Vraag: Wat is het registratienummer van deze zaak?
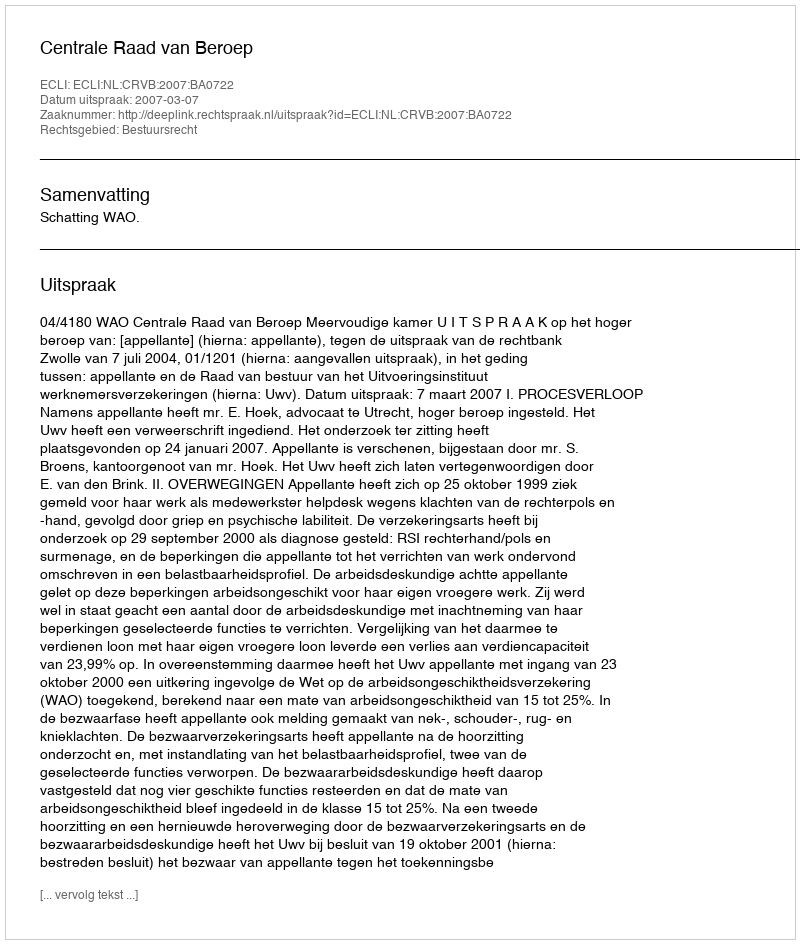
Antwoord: http://deeplink.rechtspraak.nl/uitspraak?id=ECLI:NL:CRVB:2007:BA0722